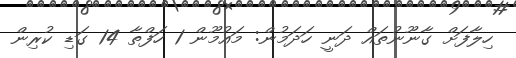
ހިލާފަށް ގާނޫނުތައް ދަނީ ހަދަމުން: މައުމޫން 1 ހަފްތާ 14 ގަޑި ކުރިން